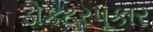
ડોકટરપૂકાર